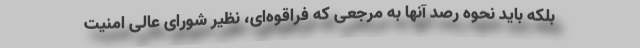
بلکه باید نحوه رصد آنها به مرجعی که فراقوه‌ای، نظیر شورای عالی امنیت